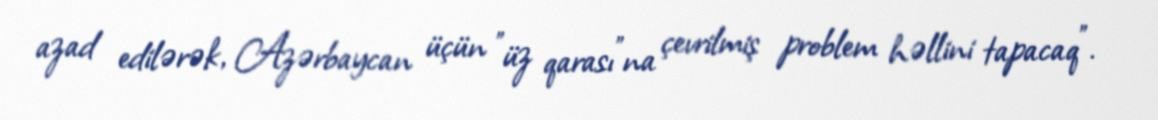
azad edilərək, Azərbaycan üçün ”üz qarası"na çevrilmiş problem həllini tapacaq".